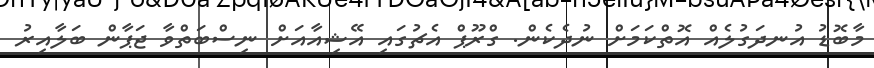
މާބޮޑު އުނދަގުލެއް އޮތްކަމަށް ނުދެކެން. ގްރޫޕް އެޗުގައި އޭޝިއާއަށް ނިސްބަތްވާ ޖަޕާން ބަލާއިރު